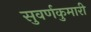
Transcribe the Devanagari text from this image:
सुवर्णकुमारी